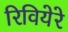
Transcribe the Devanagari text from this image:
रिवियेरे